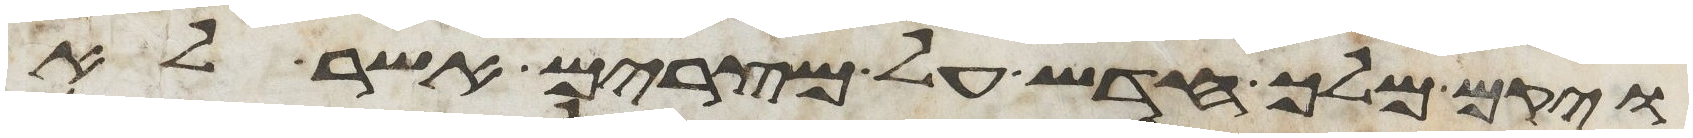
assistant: ויקם מלך חדש על מצרים אשר לא